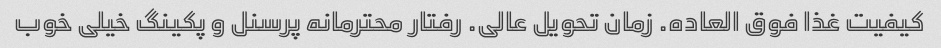
کیفیت غذا فوق العاده. زمان تحویل عالی. رفتار محترمانه پرسنل و پکینگ خیلی خوب